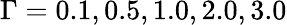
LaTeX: \Gamma=0.1,0.5,1.0,2.0,3.0